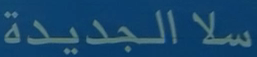
سلاالجديدة